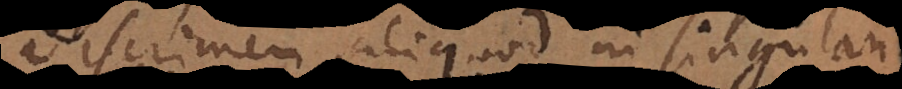
discrimen aliquod in singulari